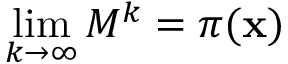
\operatorname* { l i m } _ { k \rightarrow \infty } M ^ { k } = \pi ( \mathbf { x } )